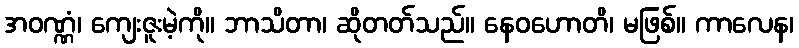
အဝဏ္ဏံ၊ ကျေးဇူးမဲ့ကို။ ဘာသိတာ၊ ဆိုတတ်သည်။ နေဝဟောတိ၊ မဖြစ်။ ကာလေန၊